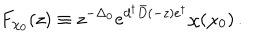
F _ { \chi _ { 0 } } ( z ) \equiv z ^ { - \Delta _ { 0 } } e ^ { d ^ { \dagger } \bar { D } ( - z ) e ^ { \dagger } } \chi ( \chi _ { 0 } ) \, .